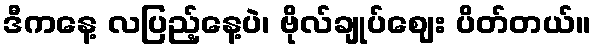
ဒီကနေ့ လပြည့်နေ့ပဲ၊ ဗိုလ်ချုပ်ဈေး ပိတ်တယ်။